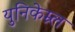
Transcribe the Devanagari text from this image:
युनिकेम्र्ल